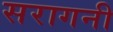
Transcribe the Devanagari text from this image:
सरागनी